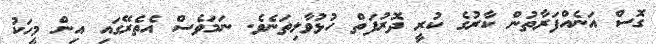
ގޮސް އަނެއްފަރާތުން ކާރުގެ ކުރީ ދޮރުފަތް ހުޅުވާލިތަނެވެ. ނަމަވެސް އެތެރޭގައި އިން މީހަކު